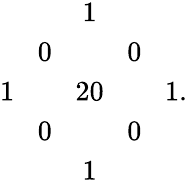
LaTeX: \begin{array}{ccccc}{{}}&{{}}&{{1}}&{{}}&{{}}\\ {{}}&{{0\! }}&{{}}&{{\! 0}}&{{}}\\ {{1\! }}&{{\! }}&{{20}}&{{\! }}&{{\! 1}}\\ {{}}&{{0\! }}&{{}}&{{\! 0}}&{{}}\\ {{}}&{{}}&{{1}}&{{}}&{{}}\end{array}.